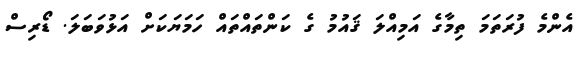
އެންމެ ފުރަތަމަ ތިމާގެ އަމިއްލަ ޤައުމު ގެ ކަންތައްތައް ހަމަޔަކަށް އަޅުވަބަލަ. ޑޯރިސް